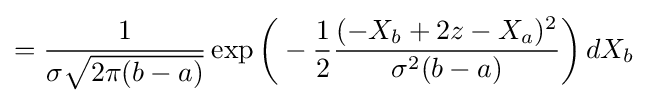
={\frac {1}{\sigma {\sqrt {2\pi (b-a)}}}}\exp {\biggl (}-{\frac {1}{2}}{\frac {(-X_{b}+2z-X_{a})^{2}}{\sigma ^{2}(b-a)}}{\biggr )}\,dX_{b}